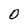
Character: O